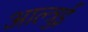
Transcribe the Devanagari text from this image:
आल्त्रुई